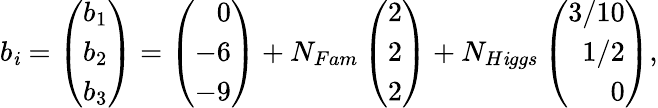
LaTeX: b_{\mathit{i}}=\left(\begin{array}{r}{{b_{1}}}\\ {{b_{2}}}\\ {{b_{3}}}\end{array}\right)=\left(\begin{array}{r}{{0}}\\ {{-6}}\\ {{-9}}\end{array}\right)+N_{Fam}\left(\begin{array}{r}{{2}}\\ {{2}}\\ {{2}}\end{array}\right)+N_{H\mathit{i}ggs}\left(\begin{array}{r}{{3/10}}\\ {{1/2}}\\ {{0}}\end{array}\right),